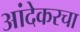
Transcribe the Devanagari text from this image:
आंदेकरचा